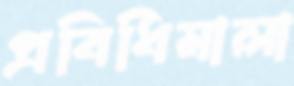
প্রবিধিমালা